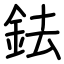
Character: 鉣